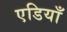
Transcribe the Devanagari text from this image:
एडियाँ